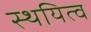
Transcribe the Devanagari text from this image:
स्थयित्व